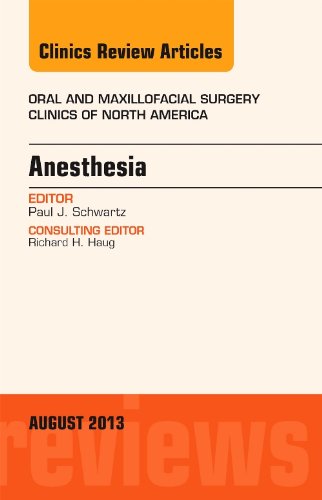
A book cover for Anesthesia, An Issue of Oral and Maxillofacial Surgery Clinics, 1e (The Clinics: Dentistry); Paul J. Schwartz DMD; Medical Books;